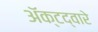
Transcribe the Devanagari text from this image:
अॅक्टद्वारे